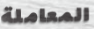
المعاملة